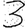
Digit: 3